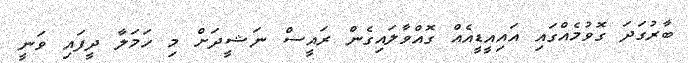
ބާރުގަދަ ގޮވުމެއްގައި އައިއީޑީއެއް ގޮއްވާލައިގެން ރައީސް ނަޝީދަށް މި ހަމަލާ ދީފައި ވަނީ